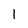
Character: 1